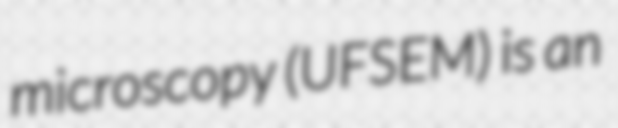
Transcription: microscopy (UFSEM) is an